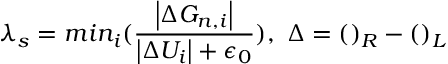
\lambda _ { s } = m i n _ { i } ( \frac { \left| \Delta G _ { n , i } \right| } { \left| \Delta U _ { i } \right| + \epsilon _ { 0 } } ) , \mathrm { ~ } \Delta = ( ) _ { R } - ( ) _ { L }